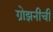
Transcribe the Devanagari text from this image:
ग्रोझनीची